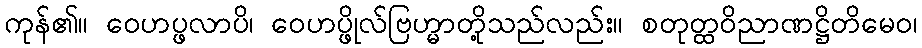
ကုန်၏။ ဝေဟပ္ဖလာပိ၊ ဝေဟပ္ဖိုလ်ဗြဟ္မာတို့သည်လည်း။ စတုတ္ထဝိညာဏဋ္ဌိတိမေဝ၊